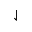
\downharpoonleft